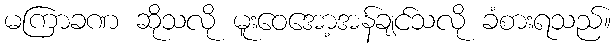
မကြာခဏ ဆိုသလို မူးဝေအော့အန်ချင်သလို ခံစားရသည်။